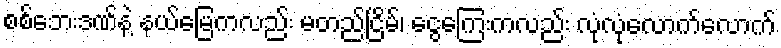
စစ်ဘေးဒဏ်နဲ့ နယ်မြေကလည်း မတည်ငြိမ်၊ ငွေကြေးကလည်း လုံလုံလောက်လောက်